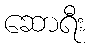
ဆောရီး